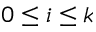
0 \le i \le k